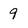
Character: 9